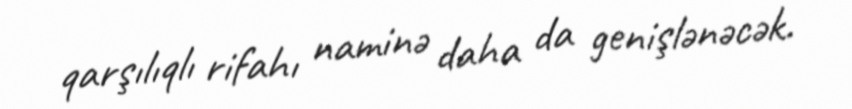
qarşılıqlı rifahı naminə daha da genişlənəcək.